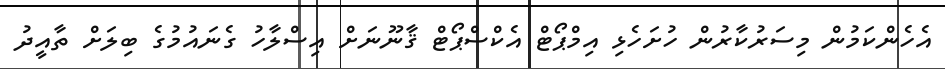
އެހެންކަމުން މިސަރުކާރުން ހުށަހެޅި އިމްޕޯޓް އެކްސްޕޯޓް ޤާނޫނަށް އިސްލާހު ގެނައުމުގެ ބިލަށް ތާއީދު